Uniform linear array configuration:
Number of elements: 16
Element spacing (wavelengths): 1
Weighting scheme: cosine
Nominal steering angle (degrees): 30
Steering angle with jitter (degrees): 29.614
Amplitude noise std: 0.05
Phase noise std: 0.05

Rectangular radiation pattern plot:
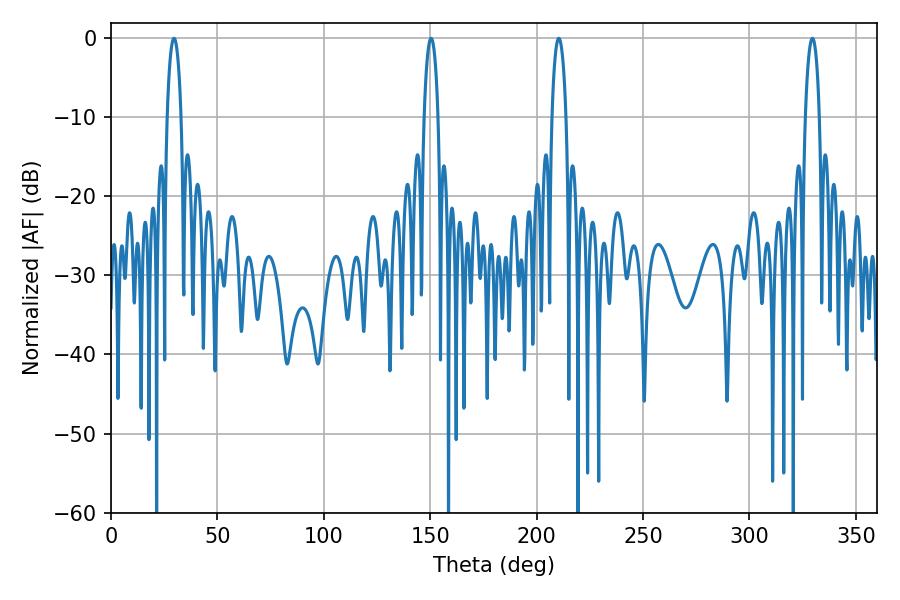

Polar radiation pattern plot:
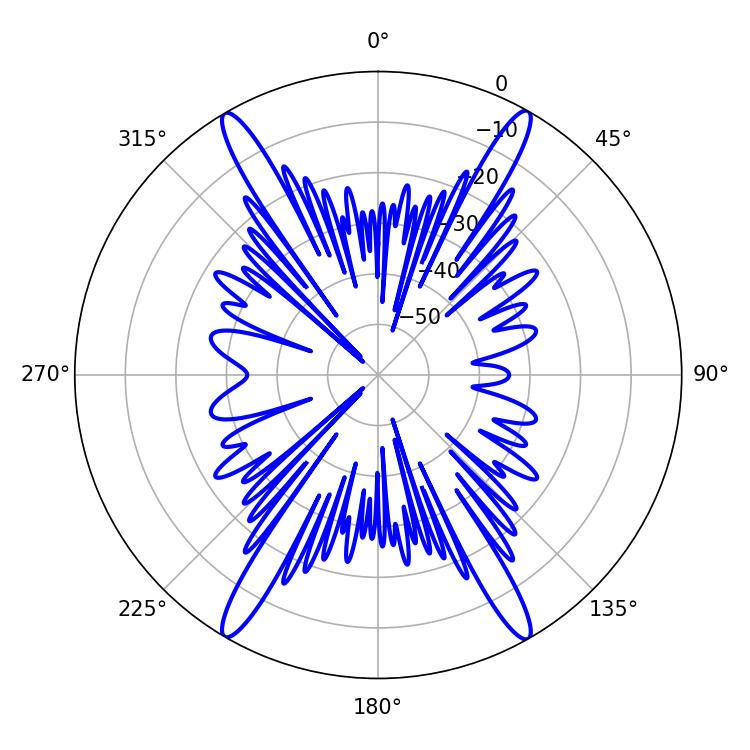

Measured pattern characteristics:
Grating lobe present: TRUE
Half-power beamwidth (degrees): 3.6
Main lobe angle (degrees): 210.42